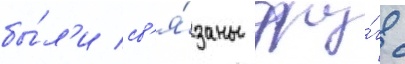
бы́л'и св'я́заны дру́г с